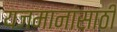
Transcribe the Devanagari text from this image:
यजमानांसाठी